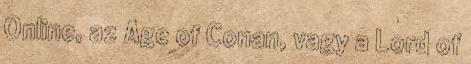
Online, az Age of Conan, vagy a Lord of